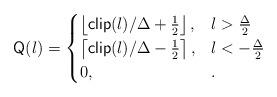
LaTeX: \begin{align*} \mathsf{Q}(l) = \begin{cases} \left\lfloor \textsf{clip}(l)/\Delta + \frac{1}{2}\right\rfloor, & l > \frac{\Delta}{2}\\ \left\lceil \textsf{clip}(l)/\Delta - \frac{1}{2}\right\rceil, & l < -\frac{\Delta}{2}\\ 0, & . \end{cases} \end{align*}